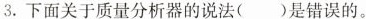
3.下面关于质量分析器的说法( )是错误的。